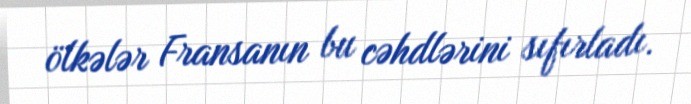
ölkələr Fransanın bu cəhdlərini sıfırladı.